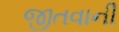
જીતવાની